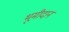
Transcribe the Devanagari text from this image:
भूमीदान